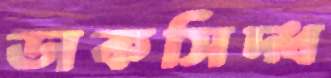
ডাকসিদ্ধ